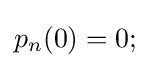
p_{n}(0)=0;